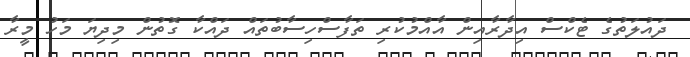
ދައުލަތުގެ ޓެކްސް އިދާރާއިން އާއްމުކުރި ތަފާސްހިސާބުތައް ދައްކާ ގޮތުން މިދިޔަ މަހު މީރާ